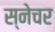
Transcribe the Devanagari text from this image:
स्नेचर